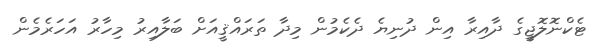
ޓެކްނޮލޮޖީގެ ދާއިރާ އިން ދުނިޔެ ދެކެމުން މިދާ ތަރައްޤީއަށް ބަލާއިރު މިހާރު އަހަރެމެން